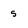
Character: 5